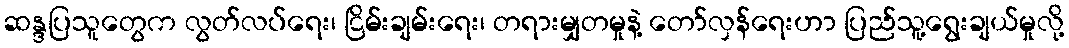
ဆန္ဒပြသူတွေက လွတ်လပ်ရေး၊ ငြိမ်းချမ်းရေး၊ တရားမျှတမှုနဲ့ တော်လှန်ရေးဟာ ပြည်သူ့ရွေးချယ်မှုလို့